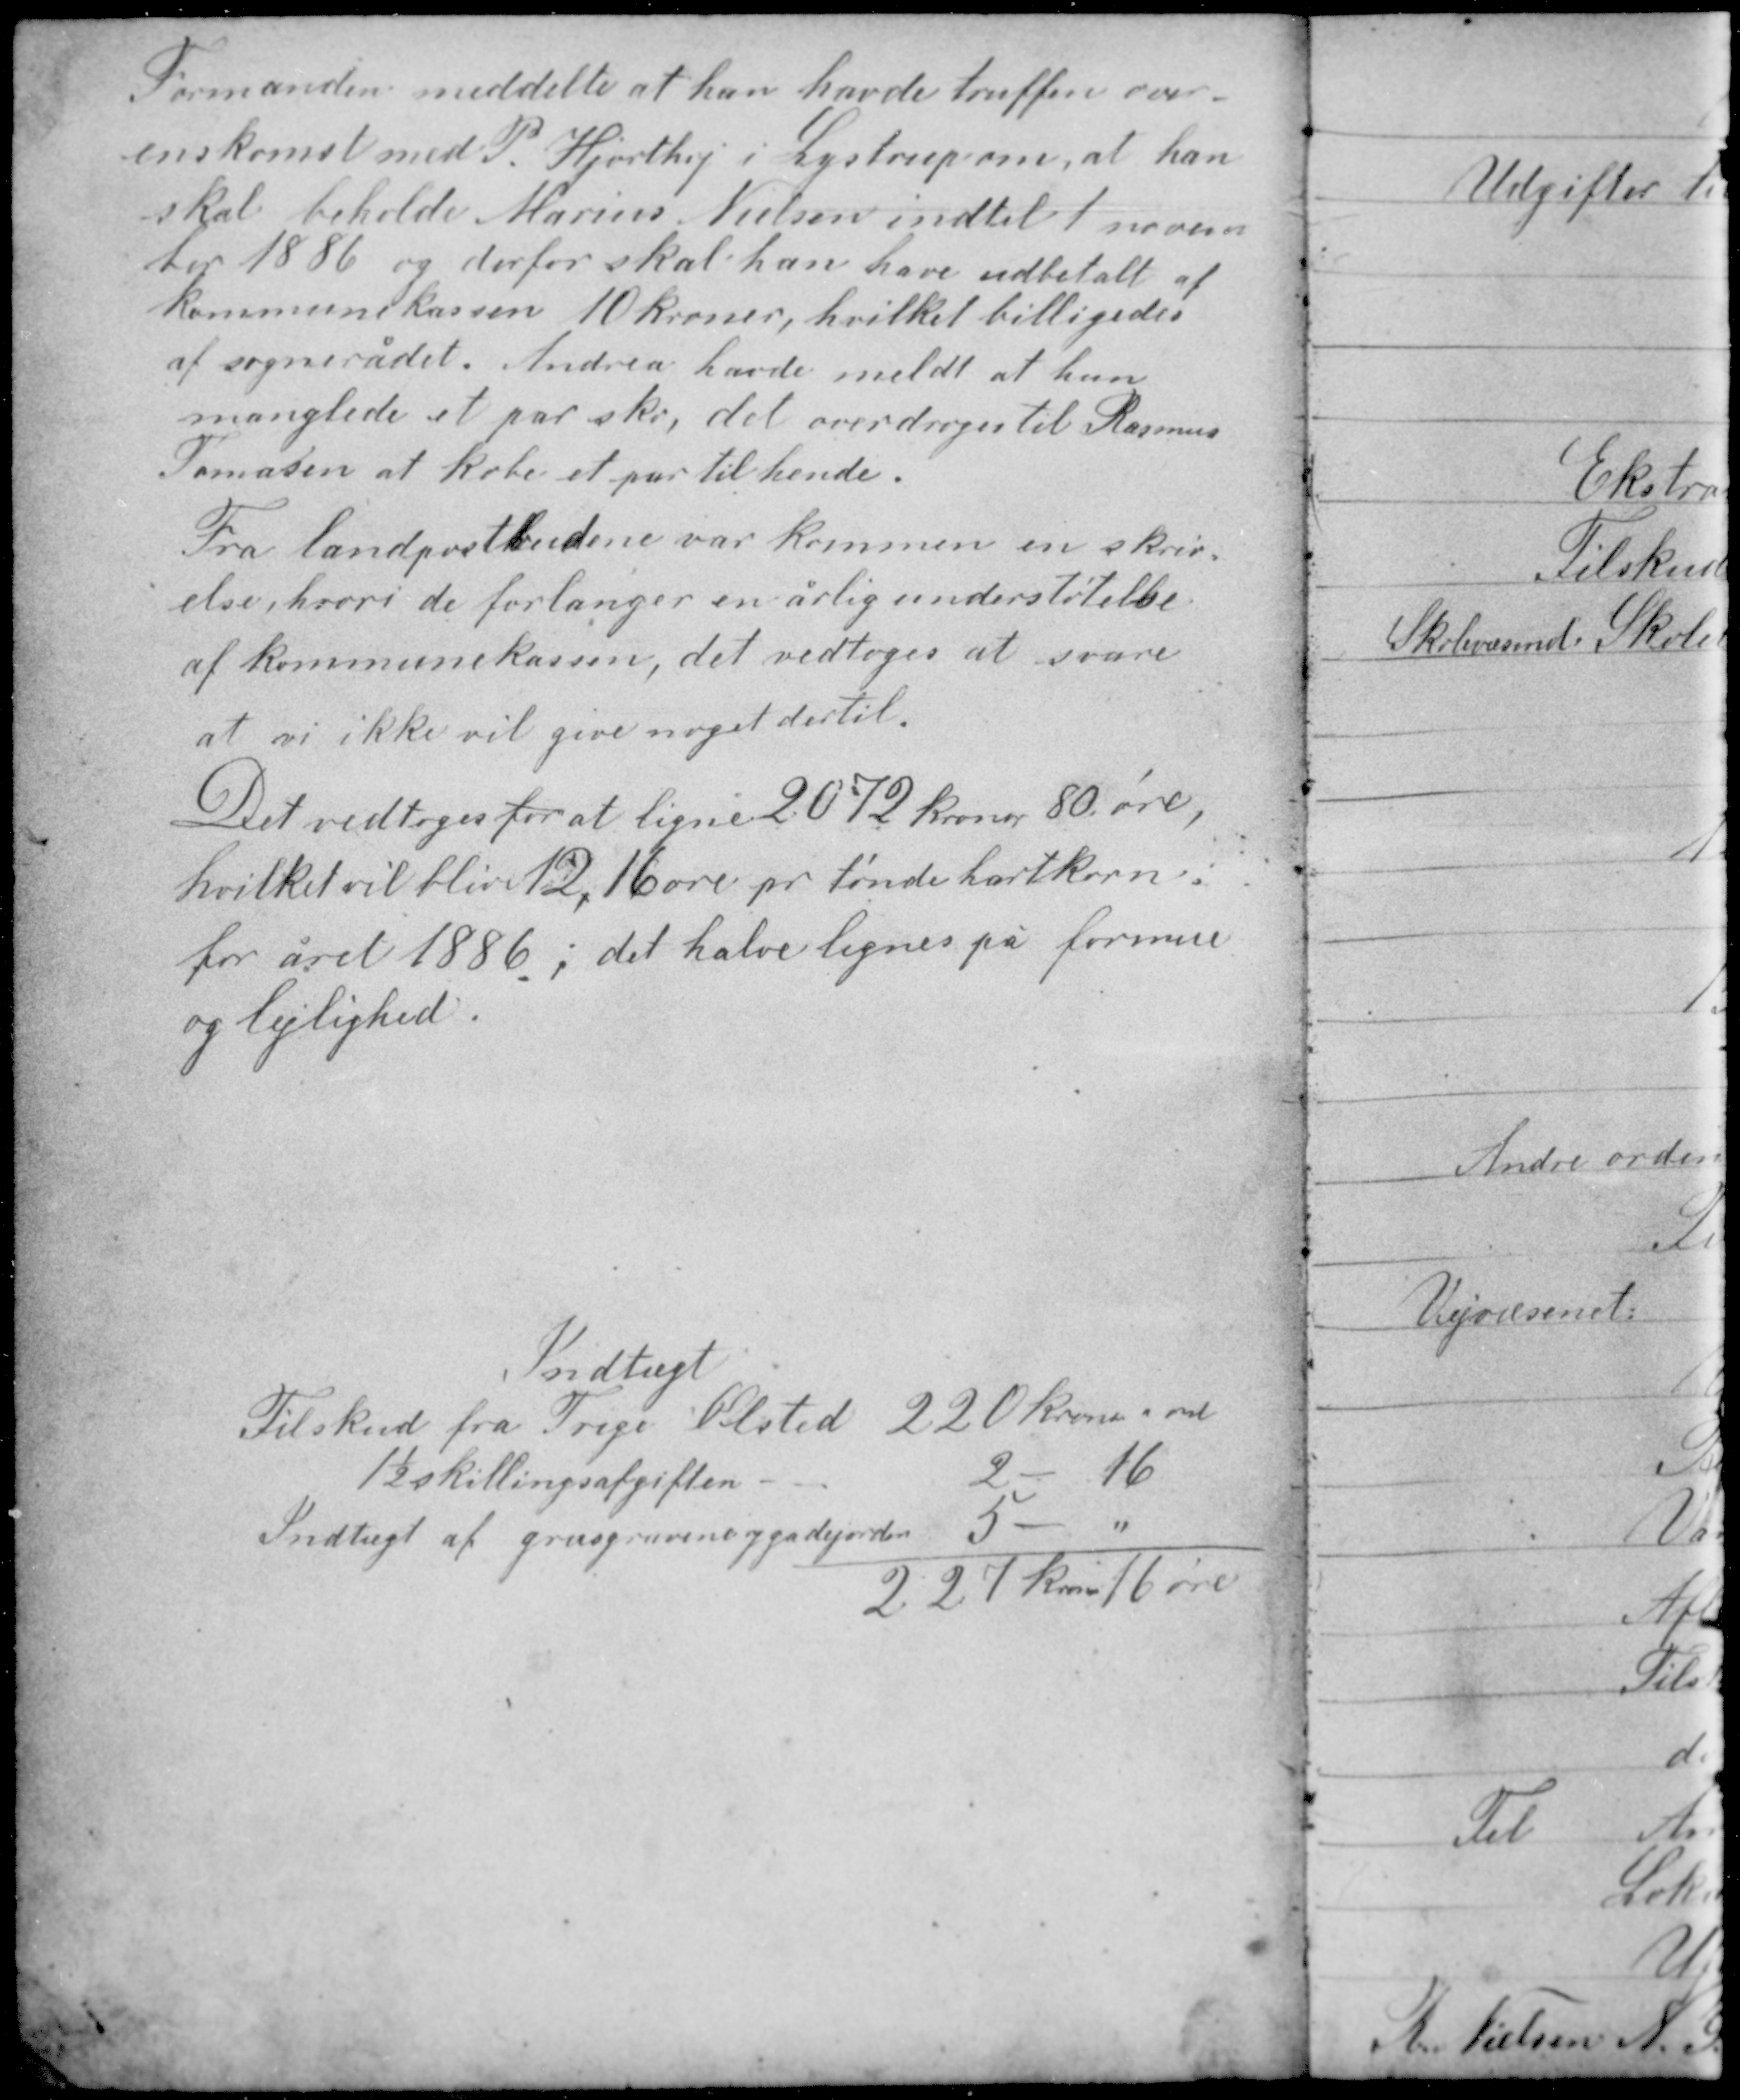
Transskription:
Formanden meddelte at han havde truffen over-
enskomst med P. Hjorthøj i Lystrup om at han
skal beholde Marius Nielsen indtil 1 novem-
ber 1886 og derfor skal han have udbetalt af
kommunekassen 10 kroner, hvilket billigedes
af sognerådet. Andrea havde meldt at hun
manglede et par sko, det overdroges til Rasmus
Tomasen at købe et par til hende.

Fra landpostbudene var kommen en skriv-
else, hvori de forlanger en årlig understøttelse
af kommunekassen, det vedtoges at svare
at vi ikke vil give noget dertil.

Det vedtoges for at ligne 2072 kroner 80 øre,
hvilket vil blive 12,16 øre pr tønde hartkorn
for året 1886; det halve lignes på formue
og lejlighed.

Indtægt
Tilskud fra Trige Ølsted 220 kroner " øre
1½ skilingsafgiften 2 - 16
Indtægt af grusgravene og gadejorden 5 - "
227 kroner 16 øre